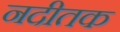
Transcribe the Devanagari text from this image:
नदीतक